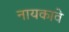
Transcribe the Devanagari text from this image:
नायकावे